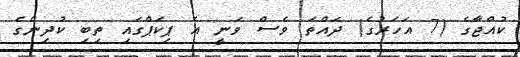
ކުއްޖާގެ (7 އަހަރުގެ) ދައްތަ ވެސް ވަނީ އެ ޕިކަޕްގައި ތިބި ކުދިންގެ